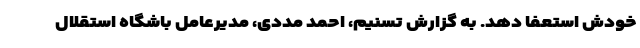
خودش استعفا دهد. به گزارش تسنیم، احمد مددی، مدیرعامل باشگاه استقلال